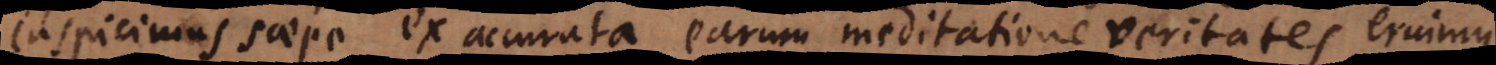
inspicimus saepe ex accurata earum meditatione veritates eruimus.